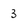
Character: 3